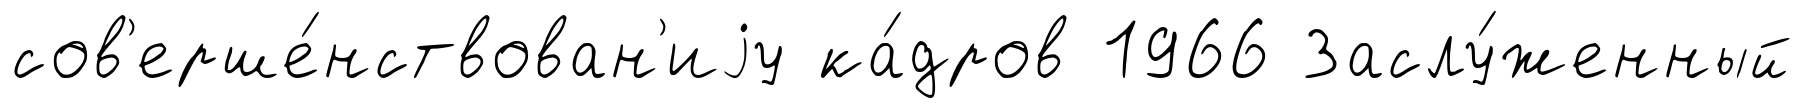
сов'ерше́нствован'иjу ка́дров 1966 Заслу́женный